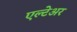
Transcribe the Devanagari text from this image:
एल्टेअर